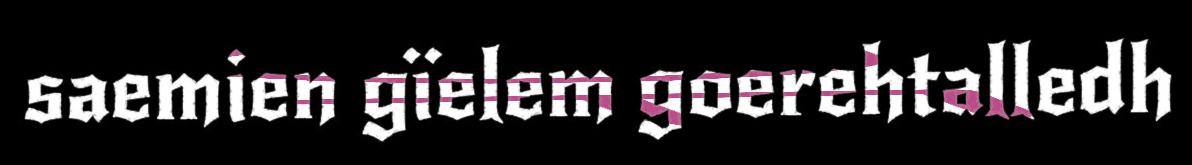
saemien gïelem goerehtalledh